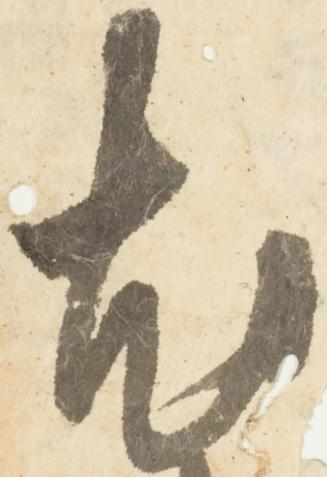
尤